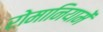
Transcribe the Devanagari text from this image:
रोमानियामें